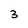
Character: 3